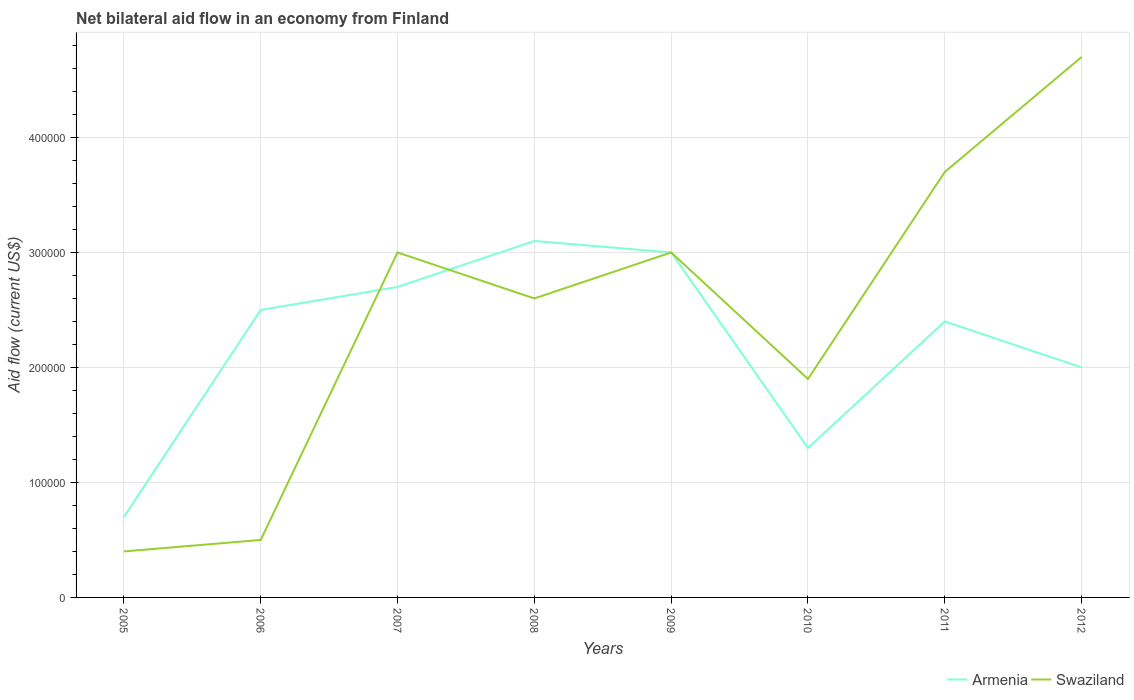
| Years | Armenia | Swaziland |
 | --- | --- | --- |
 | 2005 | 7e+04 | 4e+04 |
 | 2006 | 2.5e+05 | 5e+04 |
 | 2007 | 2.7e+05 | 3e+05 |
 | 2008 | 3.1e+05 | 2.6e+05 |
 | 2009 | 3e+05 | 3e+05 |
 | 2010 | 1.3e+05 | 1.9e+05 |
 | 2011 | 2.4e+05 | 3.7e+05 |
 | 2012 | 2e+05 | 4.7e+05 |